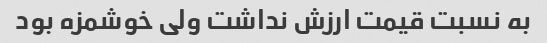
به نسبت قیمت ارزش نداشت ولی خوشمزه بود